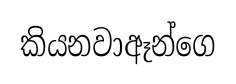
කියනවාඈන්ගෙ